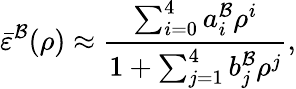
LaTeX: \bar{\varepsilon}^{\mathcal{B}}(\rho)\approx\frac{\sum_{i=0}^{4}a_{i}^{\mathcal{B}}\rho^{i}}{1+\sum_{j=1}^{4}b_{j}^{\mathcal{B}}\rho^{j}},